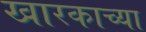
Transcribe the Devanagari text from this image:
खारकाच्या